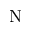
\mathrm { N }